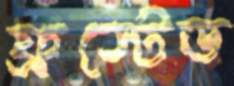
ফ্রস্টেড